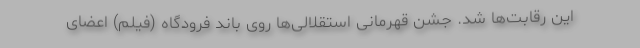
این رقابت‌ها شد. جشن قهرمانی استقلالی‌ها روی باند فرودگاه (فیلم) اعضای